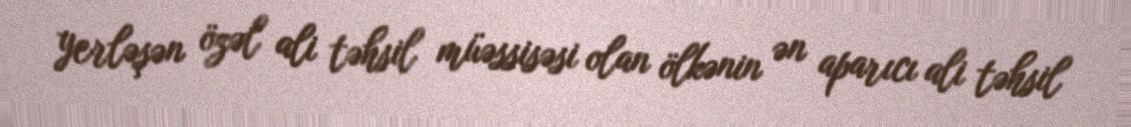
yerləşən özəl ali təhsil müəssisəsi olan ölkənin ən aparıcı ali təhsil